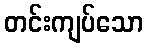
တင်းကျပ်သော